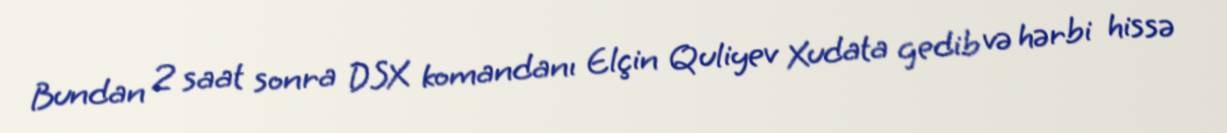
Bundan 2 saat sonra DSX komandanı Elçin Quliyev Xudata gedib və hərbi hissə